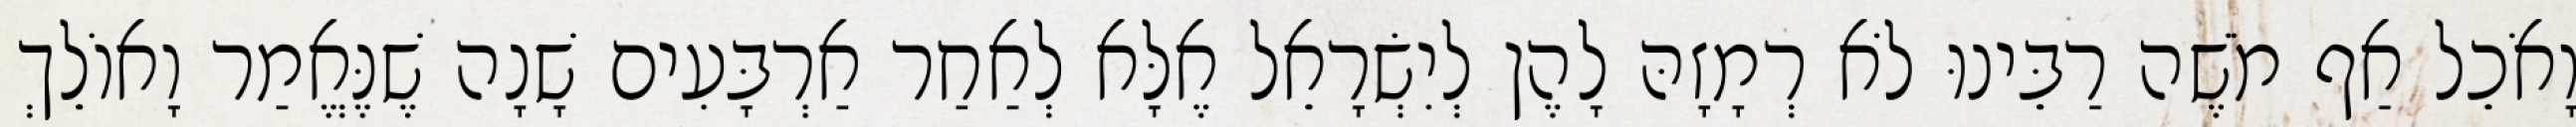
וָאֹכֵל אַף מֹשֶׁה רַבֵּינוּ לֹא רְמָזָהּ לָהֶן לְיִשְׂרָאֵל אֶלָּא לְאַחַר אַרְבָּעִים שָׁנָה שֶׁנֶּאֱמַר וָאוֹלֵךְ